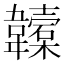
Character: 𩏮